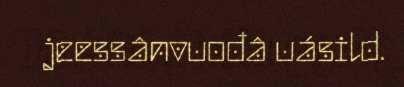
jeessânvuođâ uásild.